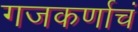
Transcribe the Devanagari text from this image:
गजकर्णाचं